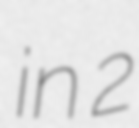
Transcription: in 2